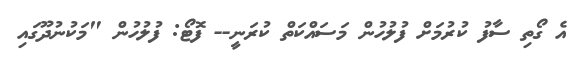
އެ ގޯތި ސާފު ކުރުމަށް ފުލުހުން މަސައްކަތް ކުރަނީ-- ފޮޓޯ: ފުލުހުން "މަކުނުދޫގައި